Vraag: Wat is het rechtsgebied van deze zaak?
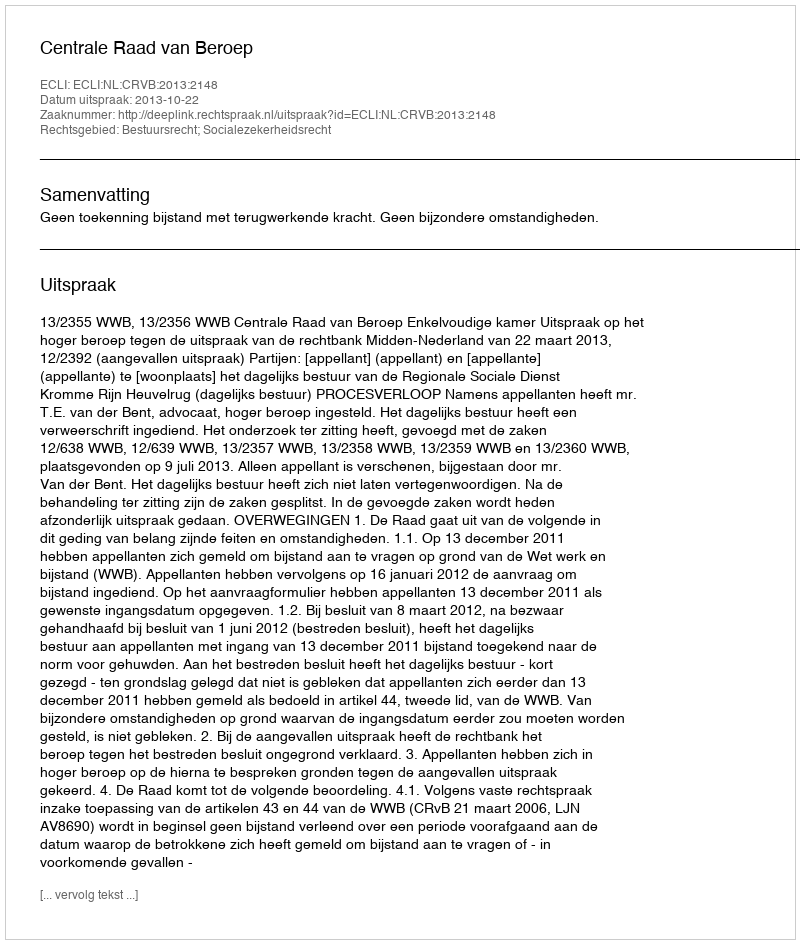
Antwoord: Bestuursrecht; Socialezekerheidsrecht